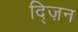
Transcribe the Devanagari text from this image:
द्ज़िन